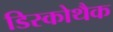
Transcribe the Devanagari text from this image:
डिस्कोथैक